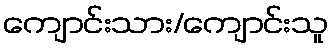
ကျောင်းသား/ကျောင်းသူ